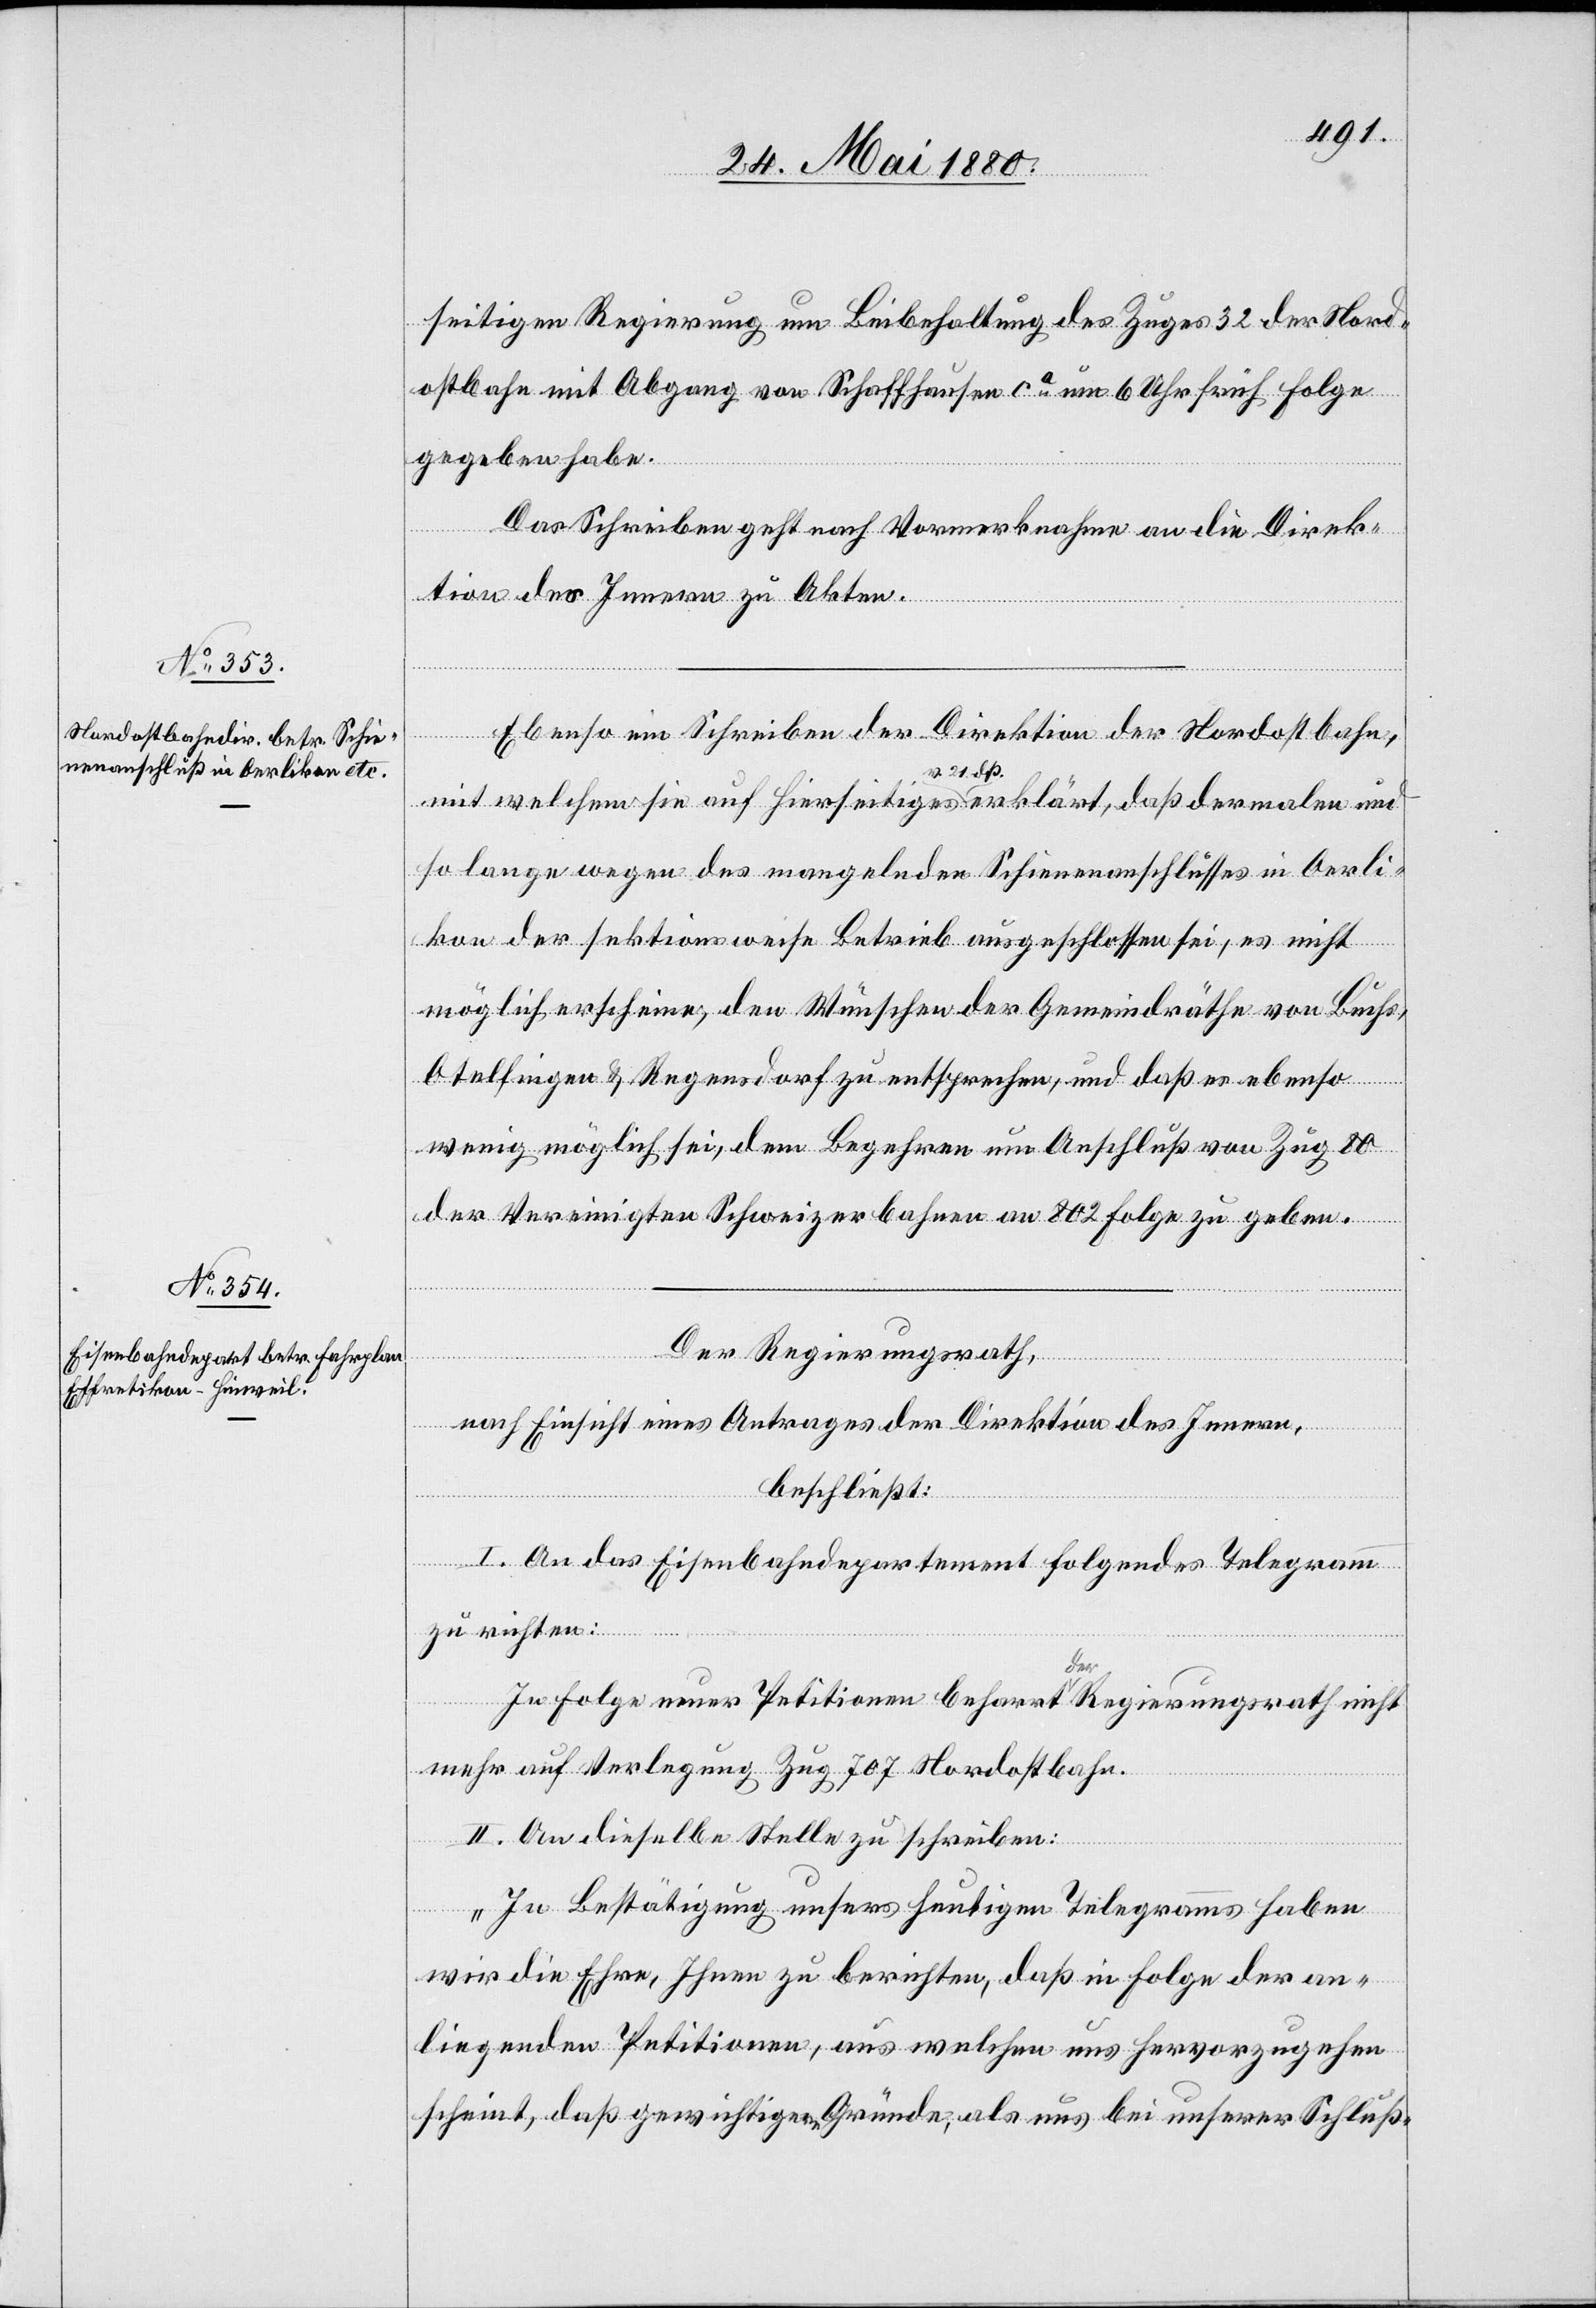
seitigen Regierung um Beibehaltung des Zuges 32 der Nord¬
ostbahn mit Abgang von Schaffhausen ca um 6 Uhr früh Folge
gegeben habe.
Das Schreiben geht nach Vormerknahme an die Direk¬
tion des Innern zu Akten.
dostbahn,
mit welchem sie auf hierseitiges v. 21. dß. erklärt, daß dermalen und
so lange wegen des mangelnden Schienenanschlusses in Oerli¬
kon der sektionsweise Betrieb ausgeschlossen sei, es nicht
möglich erscheine, den Wünschen der Gemeindräthe von Buchs,
Otelfingen & Regensdorf zu entsprechen, und daß es ebenso
wenig möglich sei, dem Begehren um Anschluß von Zug 80
der Vereinigten Schweizerbahnen an 802 Folge zu geben.
Der Regierungsrath,
nach Einsicht eines Antrages der Direktion des Innern,
beschließt:
I. An das Eisenbahndepartement folgendes Telegramm
zu richten:
der
In Folge neuer Petitionen beharrt der Regierungsrath nicht
mehr auf Verlegung Zug 707 Nordostbahn.
II. An dieselbe Stelle zu schreiben:
„In Bestätigung unsers heutigen Telegramms haben
wir die Ehre, Ihnen zu berichten, daß in Folge der an¬
liegenden Petitionen, aus welchen uns hervorzugehen
scheint, daß gewichtigere Gründe, als uns bei unserer Schluß-